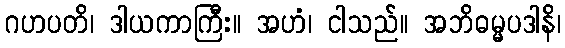
ဂဟပတိ၊ ဒါယကာကြီး။ အဟံ၊ ငါသည်။ အဘိဓမ္မပဒါနိ၊